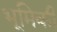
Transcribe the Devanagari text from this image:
भूमिकी